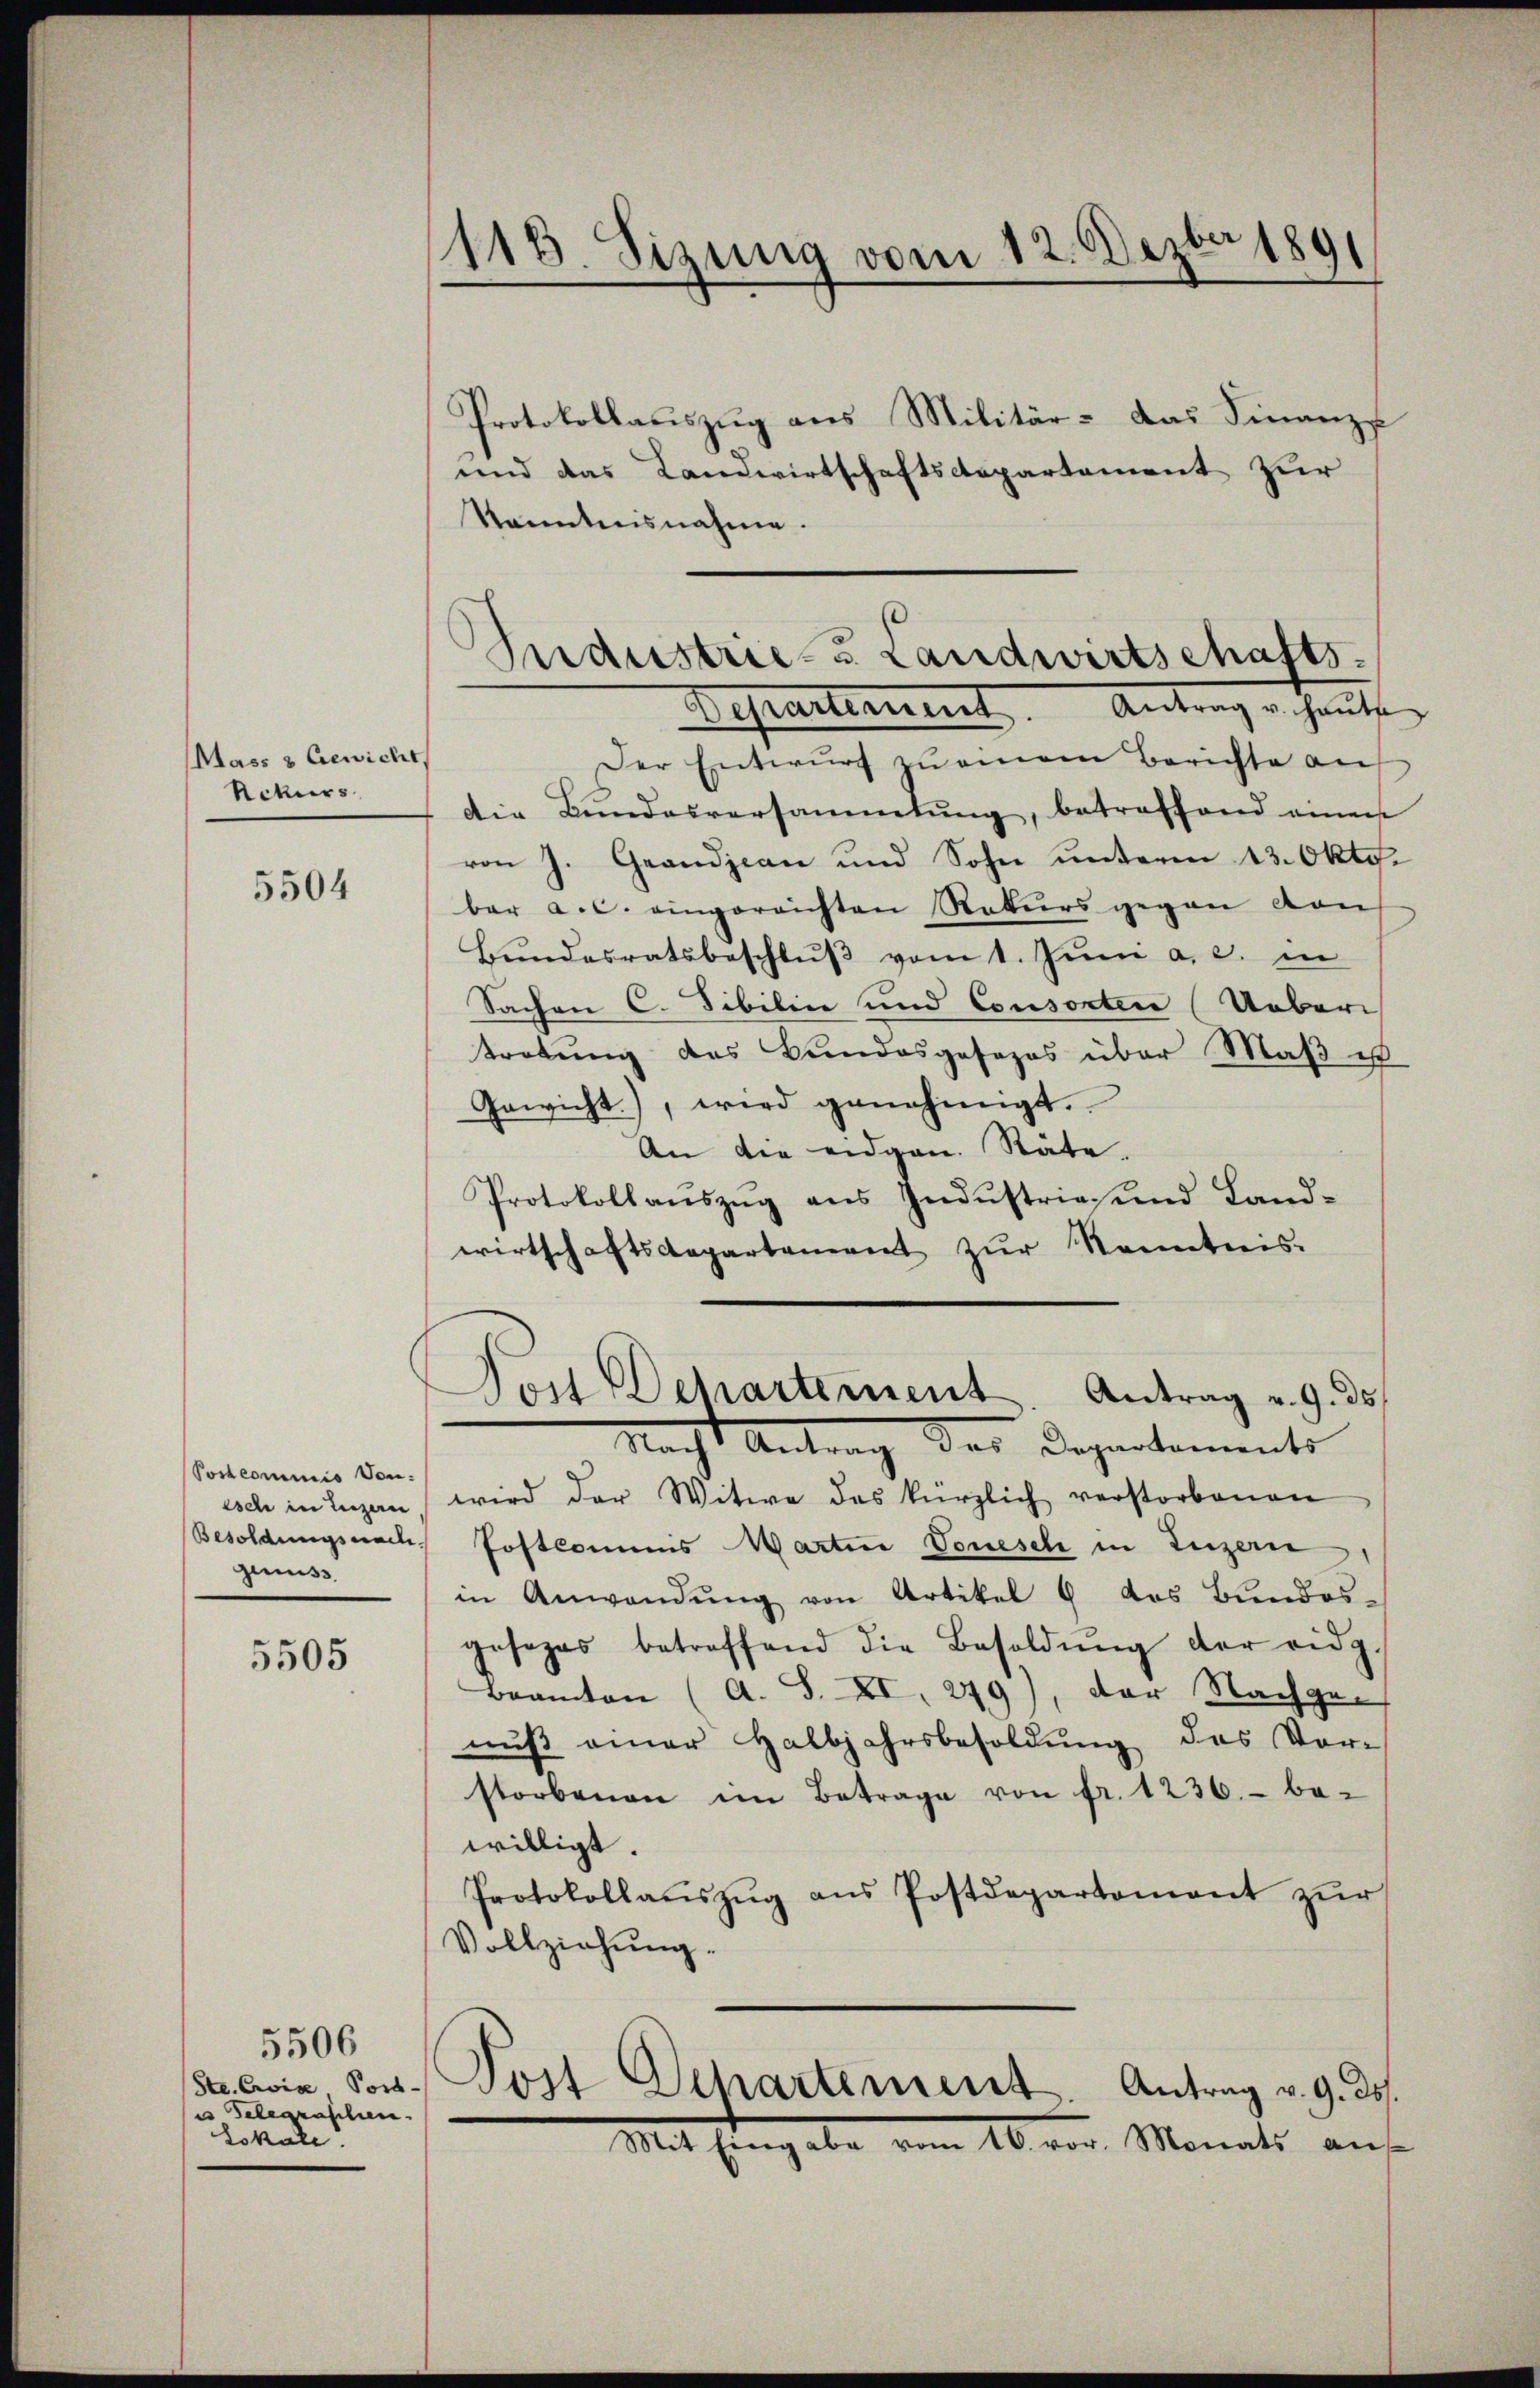
Mass & Gewicht
Rekurs

5504

Postcommis von:
isch in Luzern
genuss.

5505

5506
Gelegraschen.
Lokale.

Kanntnisnahme.

(118. Sizung vom 12. Dezbr 1891

Protokollauszug aus Militär- Das Finanz-
und das Landwirtschaftsdepartement zur

Sndustriezu Landwirtschafts-
Departement. Antrag u. haute

Der Entwurf zu einem Berichte auf
die Bundesversammlung, betreffend einen
von J. Grandjean und Sohn ŭnterm 13. Okto
bar a. c. eingereichten Rekurs gegen von
Bŭndesratsbeschlŭβ vom 1. Jŭni a. c. in
Sachen C. Sibilin und Consorten Ueberi
tretŭng des Bundesgesezes über Maβ ust
Gewicht), wird genehmigt.
An die eidgen. Stäte.
Protokollaŭszŭg ans Indŭstrie und Land-
wirtschaftsdepartement zŭr Kenntnis-
Von Departement. Antrag v. 9. ds
Nacht Antrag des Departements
wird der Witwe des kürzlich verstorbenen
Besoldungsnach Postkommis Martin Vonesch in Luzern
in Anwendŭng von Artikel 6 das Bundes-
gesages betreffend die Besoldŭng der eidg.
Beamten (A. S. XI. 249), der Nachgen
nŭβ einer Halbjahrsbesoldŭng des Vor-
storbenen im Betrage von fr. 1236.- be-
willigt.
Protokollaŭszŭg aŭs Postdepartement zŭr
Vollziehung.

Stavia von Post Departement. Antrag v. 9. ds.
Mit Eingabe vom 16. vor. Monats auf